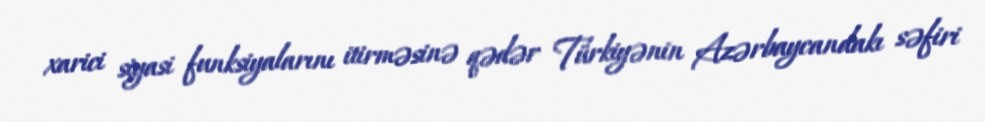
xarici siyasi funksiyalarını itirməsinə qədər Türkiyənin Azərbaycandakı səfiri